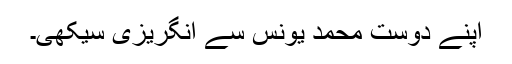
اپنے دوست محمد یونس سے انگریزی سیکھی۔